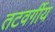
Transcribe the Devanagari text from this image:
तटवर्गीय